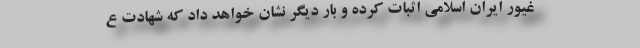
غیور ایران اسلامی اثبات کرده و بار دیگر نشان خواهد داد که شهادت ع